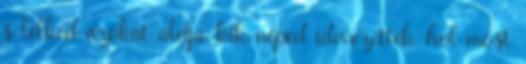
s lelked azokat áldja, kik néped idevezették, hol most